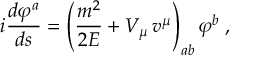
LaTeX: { \cal E } _ { 0 } ( \beta _ { 3 i j k ^ { \prime } } ) = 3 ~ , ~ ~ ~ { \cal E } _ { 0 } ( \bar { \beta } _ { 2 i j k ^ { \prime } } ) = 9 ~ .